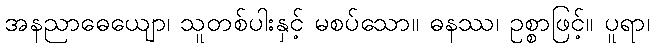
အနညာဓေယျော၊ သူတစ်ပါးနှင့် မစပ်သော။ ဓနဿ၊ ဥစ္စာဖြင့်။ ပူရာ၊